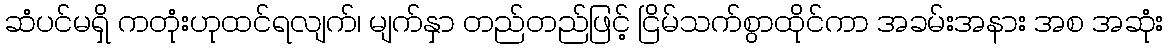
ဆံပင်မရှိ ကတုံးဟုထင်ရလျက်၊ မျက်နှာ တည်တည်ဖြင့် ငြိမ်သက်စွာထိုင်ကာ အခမ်းအနား အစ အဆုံး